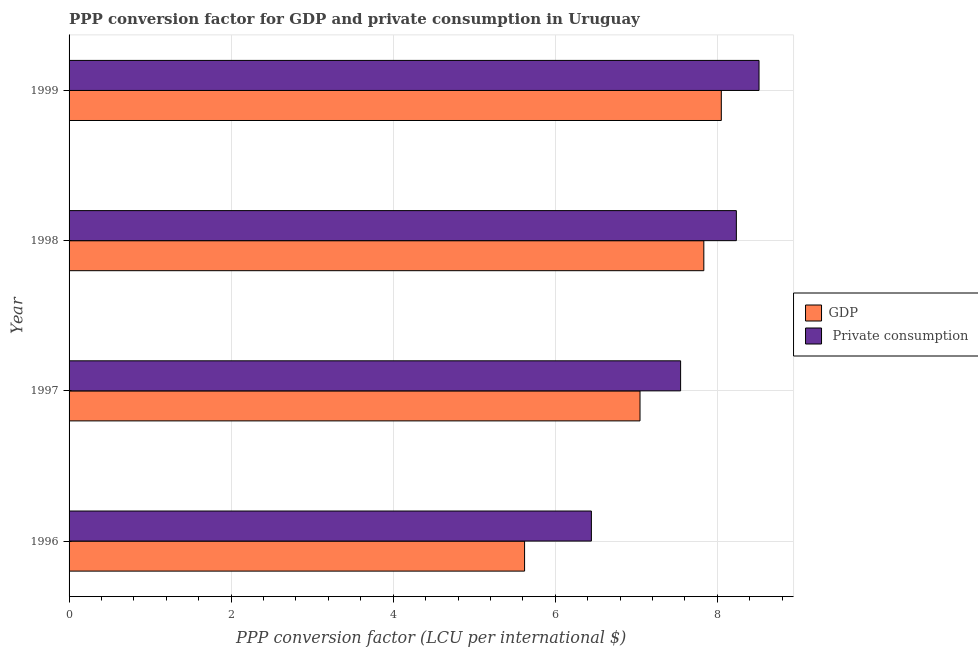
| Year | GDP |  Private consumption |
 | --- | --- | --- |
 | 1996 | 5.62 | 6.45 |
 | 1997 | 7.05 | 7.55 |
 | 1998 | 7.83 | 8.23 |
 | 1999 | 8.05 | 8.51 |